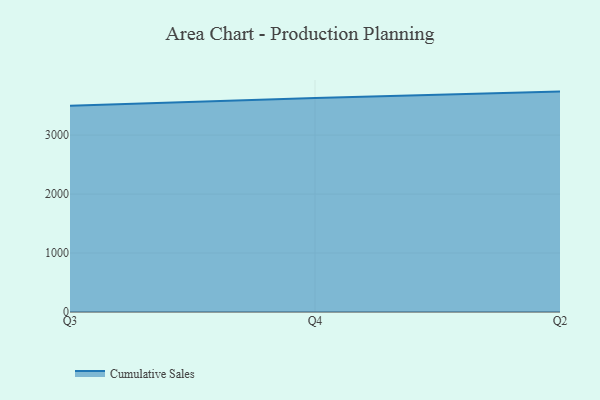
{"axis": {"x": "Quarter", "y": "Net Income (USD K)"}, "legend": ["Cumulative Sales"], "data": [{"x": "Q3", "y": 3497.2, "type": "Cumulative Sales"}, {"x": "Q4", "y": 3629.9, "type": "Cumulative Sales"}, {"x": "Q2", "y": 3737.8, "type": "Cumulative Sales"}]}